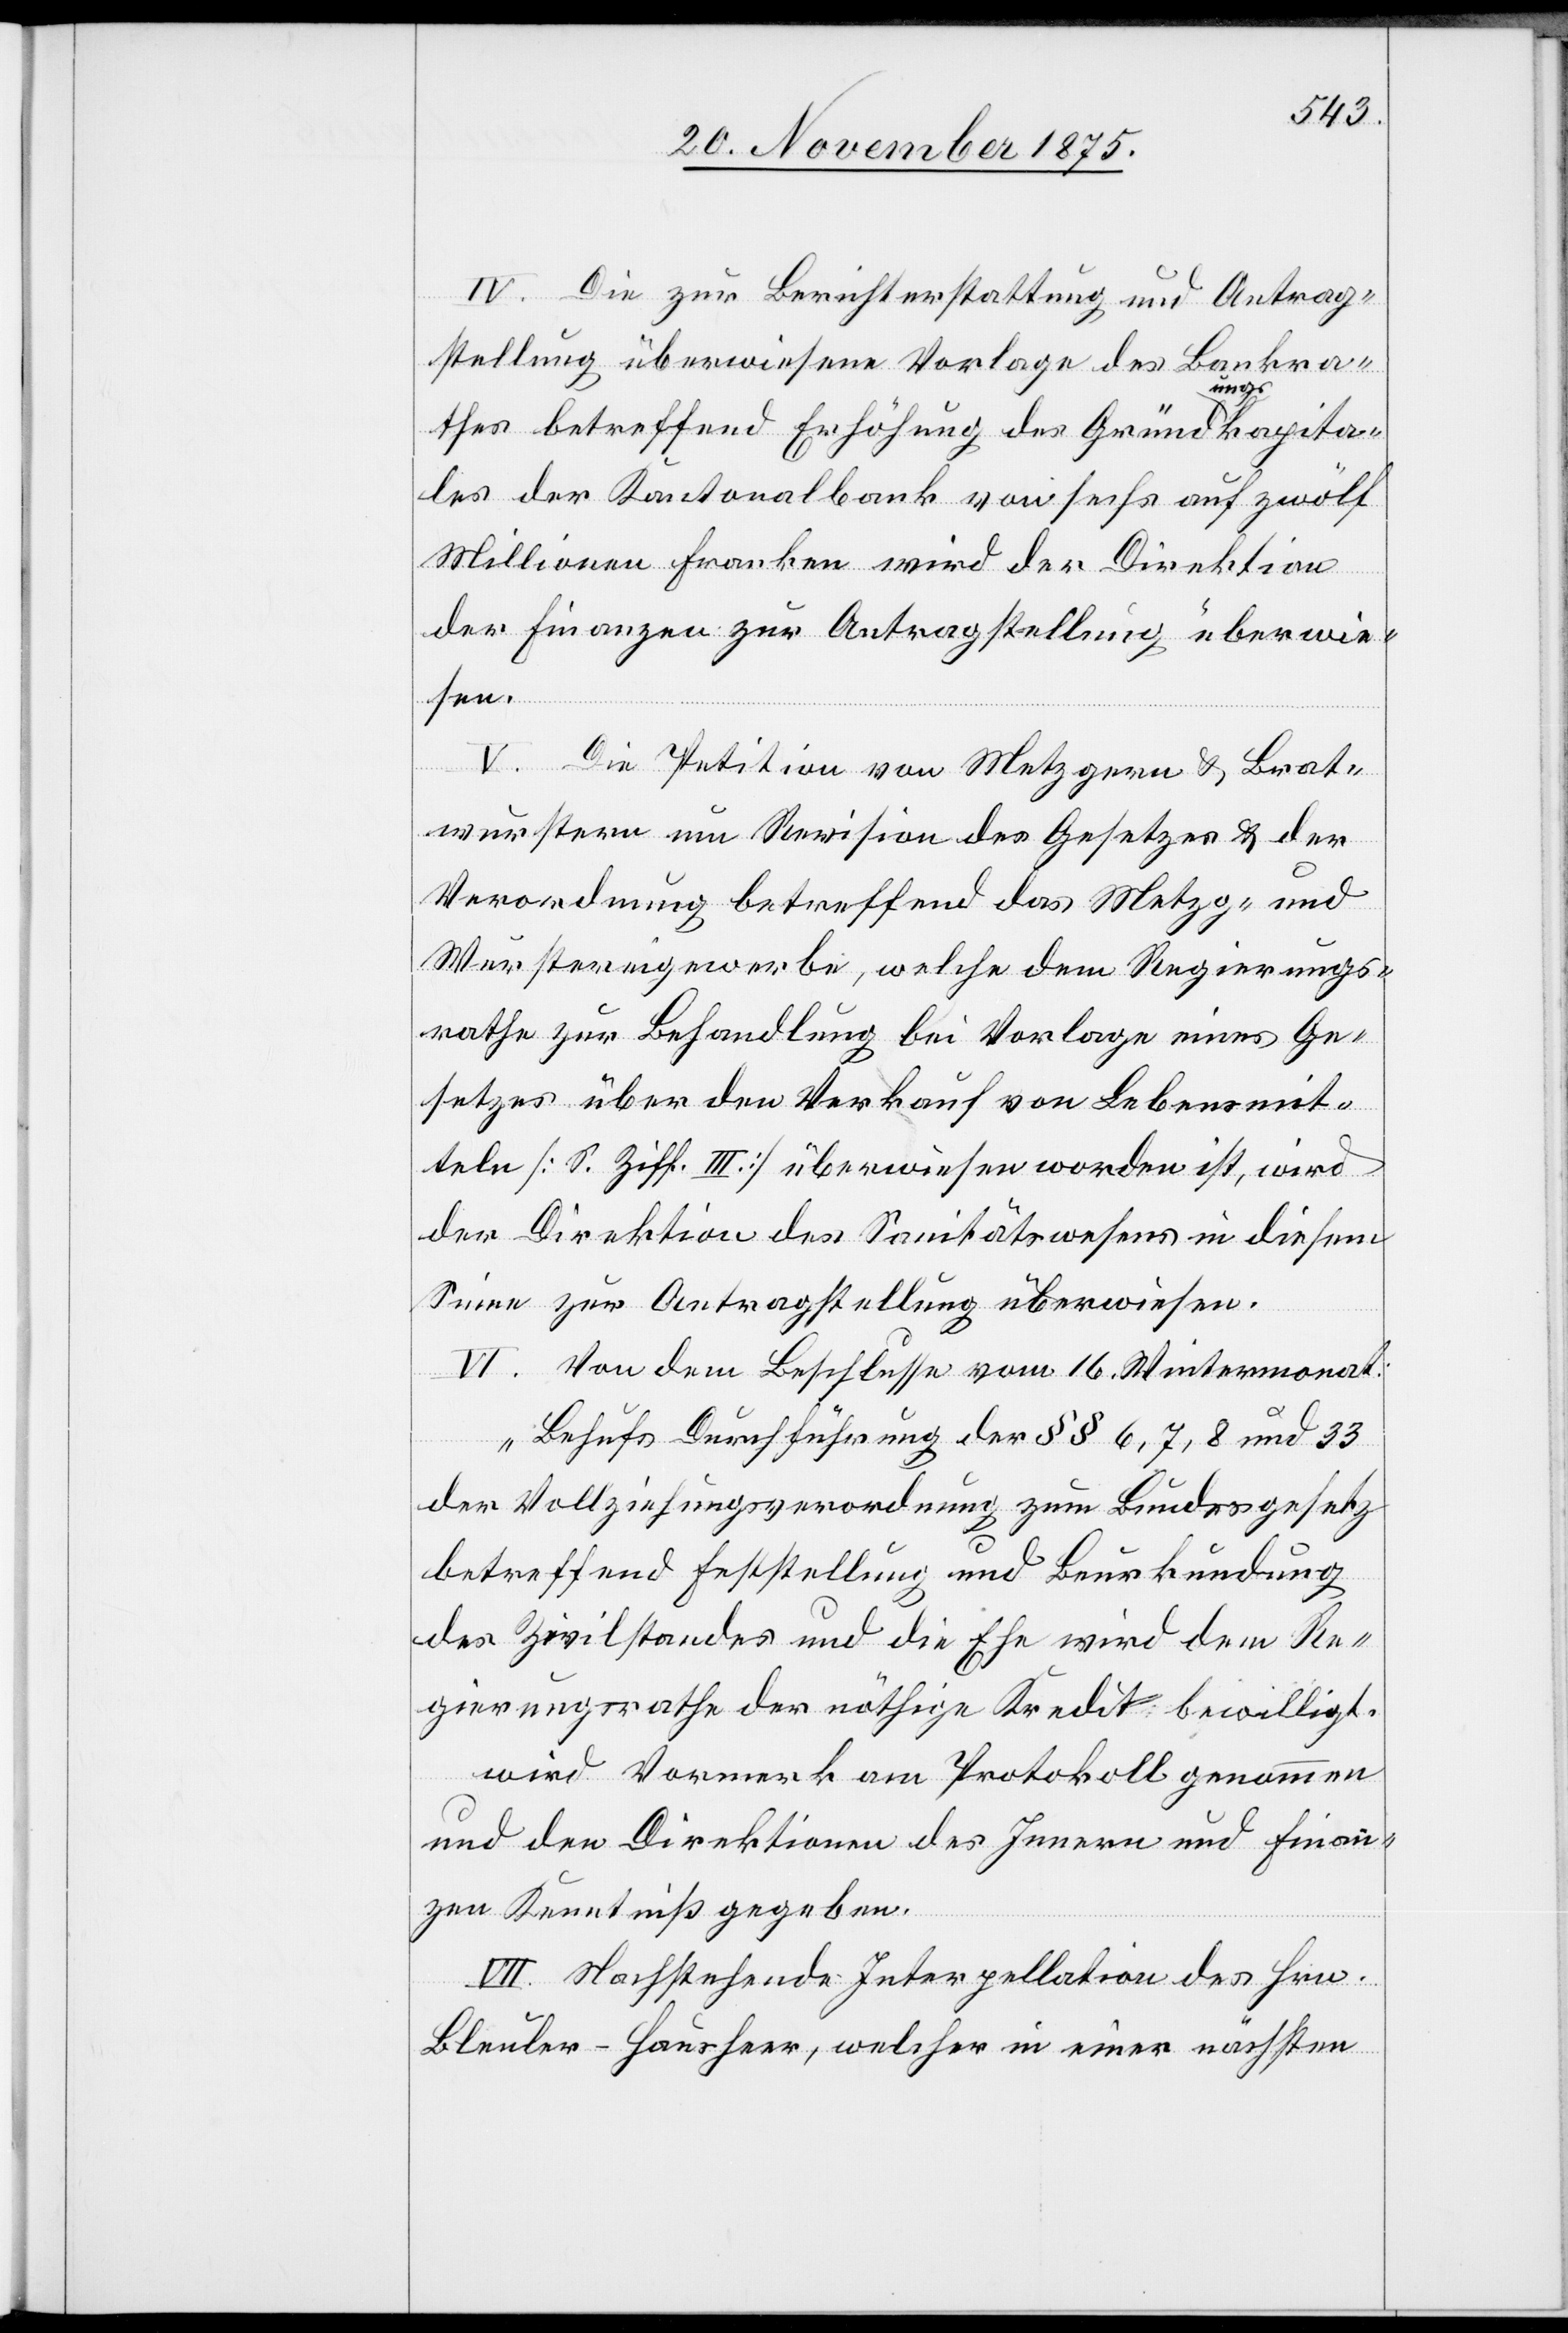
IV. Die zur Berichterstattung und Antrag¬
stellung überwiesene Vorlage des Bankra¬
thes betreffend Erhöhung des Gründungskapita¬
les der Kantonalbank von sechs auf zwölf
Millionen Franken wird der Direktion
der Finanzen zur Antragstellung überwie¬
sen.
V. Die Petition von Metzgern & Brat¬
wurstern um Revision des Gesetzes & der
Verordnung betreffend das Metzg- und
Wurstereigewerbe, welche dem Regierungs¬
rathe zur Behandlung bei Vorlage eines Ge¬
setzes über den Verkauf von Lebensmit¬
teln [S. Ziff. III] überwiesen worden ist, wird
der Direktion des Sanitätswesens in diesem
Sinne zur Antragstellung überwiesen.
VI. Von dem Beschlusse vom 16. Wintermonat:
t.[“]
„Behufs Durchführung der §§ 6, 7, 8 und 33
der Vollziehungsverordnung zum Bundesgesetz
betreffend Feststellung und Beurkundung
des Zivilstandes und die Ehe wird dem Re¬
gierungsrathe der nöthige Kredit bewillig¬
wird Vormerk am Protokoll genommen
und den Direktionen des Innern und Finan¬
zen Kenntniß gegeben.
VII. Nachstehende Interpellation des Hrn.
Bleuler-Hausheer, welcher in einer nächsten